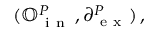
( \mathbb { O } _ { \mathrm { ~ i ~ n ~ } } ^ { P } \, , \partial _ { \mathrm { ~ e ~ x ~ } } ^ { P } ) \, ,